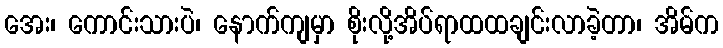
အေး၊ ကောင်းသားပဲ၊ နောက်ကျမှာ စိုးလို့အိပ်ရာထထချင်းလာခဲ့တာ၊ အိမ်က